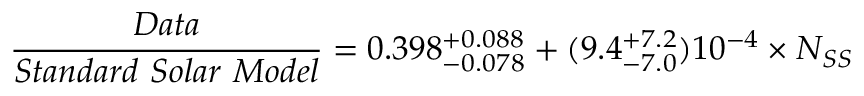
{ \frac { D a t a } { S t a n d a r d ~ S o l a r ~ M o d e l } } = 0 . 3 9 8 _ { - 0 . 0 7 8 } ^ { + 0 . 0 8 8 } + ( 9 . 4 _ { - 7 . 0 } ^ { + 7 . 2 } ) 1 0 ^ { - 4 } \times N _ { S S }